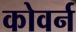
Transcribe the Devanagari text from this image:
कोवर्न